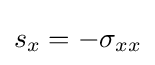
s_{x}=-\sigma _{xx}